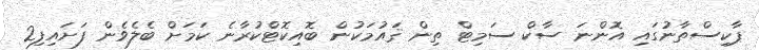
ޕާކިސްތާނުގައި އޮންނަ ސާކް ސަމިޓް ތިން ޤައުމަކުން ބޮއިކޮޓްކުރާނެ ކަމަށް ބެލެވެން ފަށައިފި2